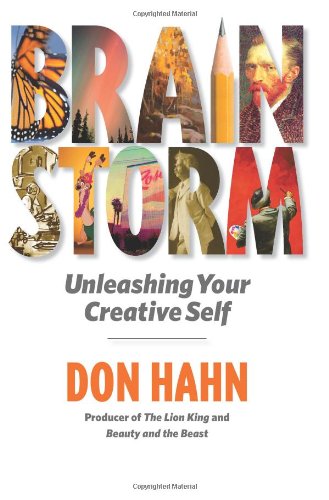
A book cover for Brain Storm: Unleashing Your Creative Self; Don Hahn; Humor & Entertainment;